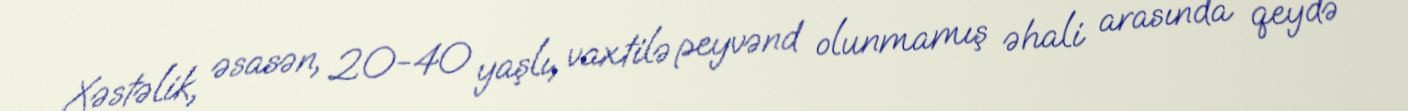
Xəstəlik, əsasən, 20-40 yaşlı, vaxtilə peyvənd olunmamış əhali arasında qeydə